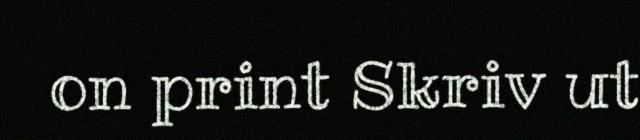
on print Skriv ut